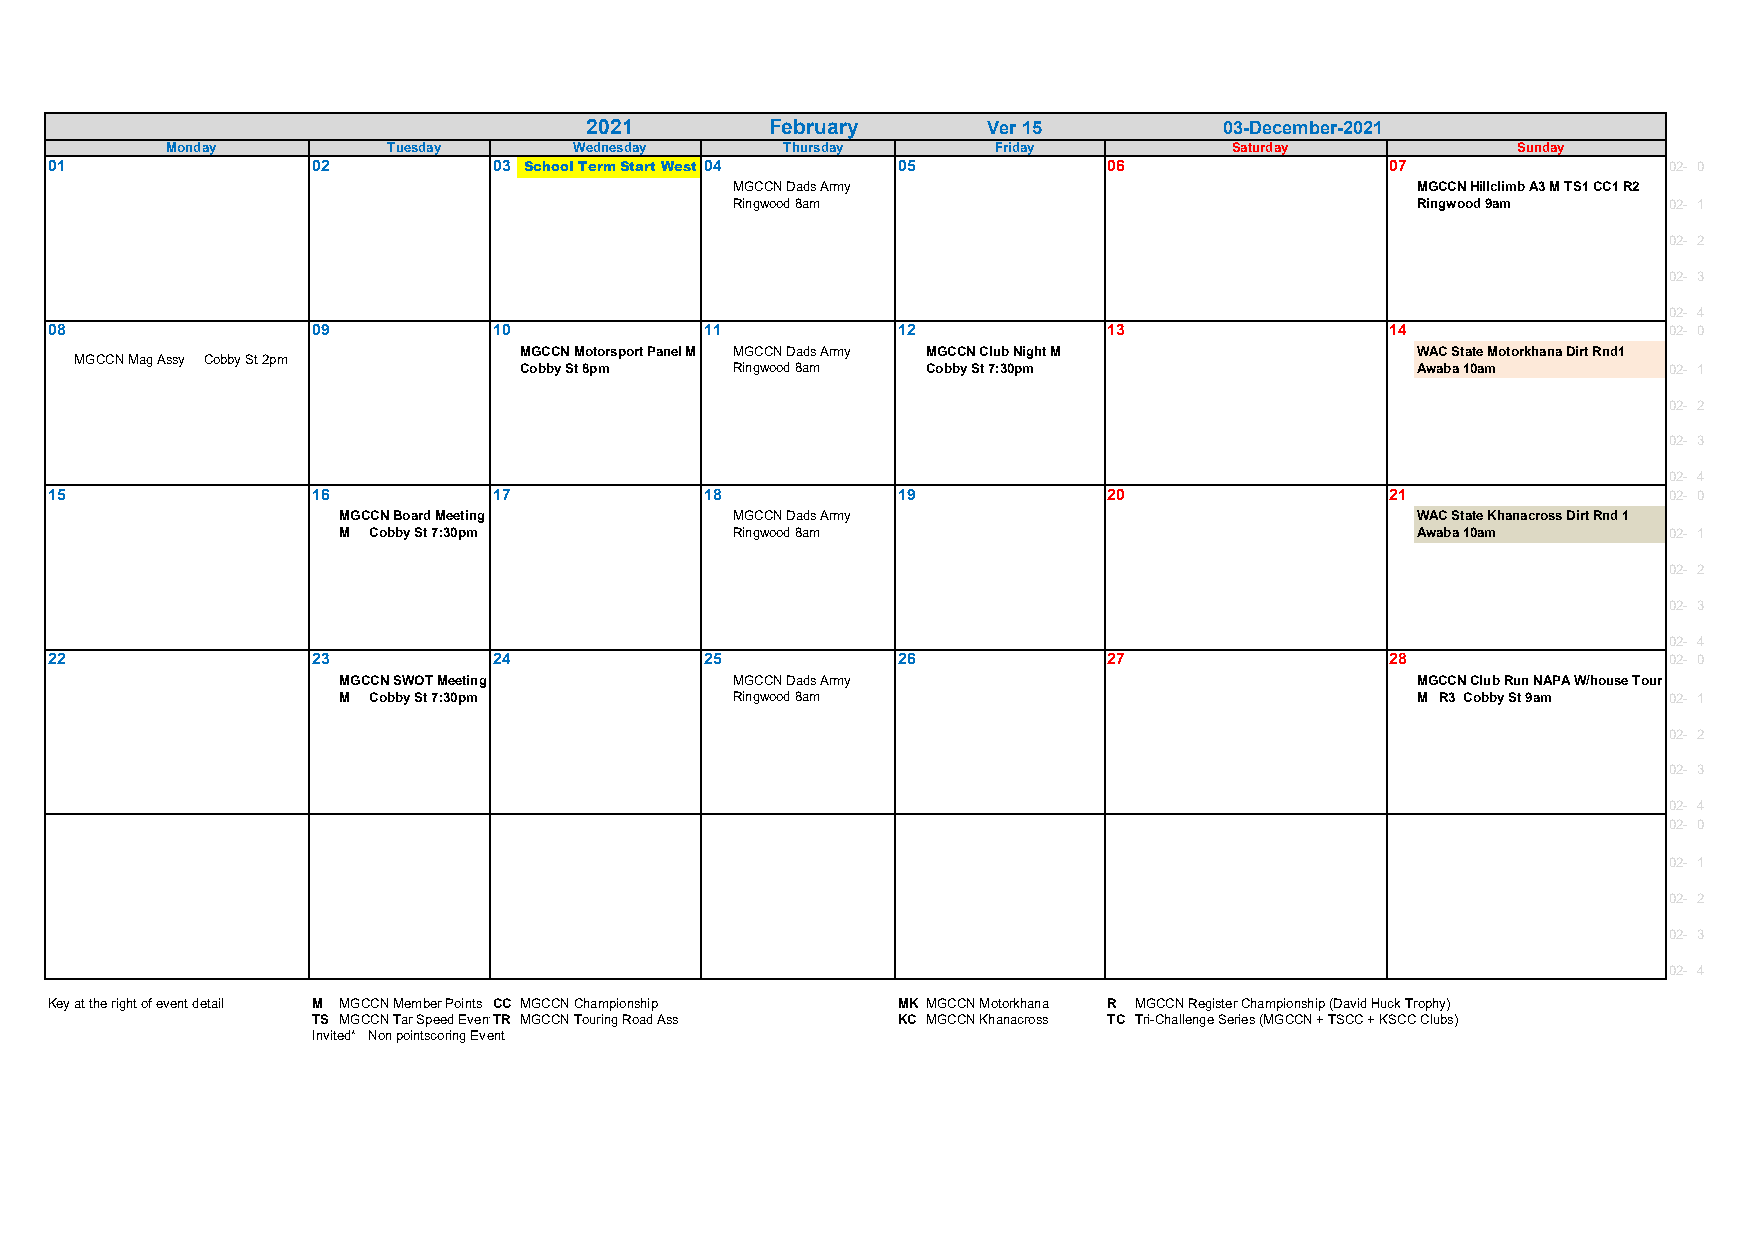
2021        February      Ver 15          03-December-2021
 Monday         Tuesday     Wednesday     Thursday      Friday          Saturday          Sunday
 01                02          03 School Term Start West 0 4 05        06                 07                02- 0
 MGCCN Dads Army                               MGCCN Hillclimb A3 M TS1 CC1 R2
 Ringwood 8am                                  Ringwood 9am    02- 1
 02- 2
 02- 3
 02- 4
 08                09          10            11          12            13                 14                02- 0
 MGCCN Motorsport Panel M MGCCN Dads Army MGCCN Club Night M WAC State Motorkhana Dirt Rnd1
 MGCCN Mag Assy Cobby St 2pm
 Cobby St 8pm  Ringwood 8am Cobby St 7:30pm                  Awaba 10am      02- 1
 02- 2
 02- 3
 02- 4
 15                16          17            18          19            20                 21                02- 0
 MGCCN Board Meeting       MGCCN Dads Army                               WAC State Khanacross Dirt Rnd 1
 M Cobby St 7:30pm         Ringwood 8am                                  Awaba 10am      02- 1
 02- 2
 02- 3
 02- 4
 22                23          24            25          26            27                 28                02- 0
 MGCCN SWOT Meeting        MGCCN Dads Army                               MGCCN Club Run NAPA W/house Tour
 M Cobby St 7:30pm         Ringwood 8am                                  M R3 Cobby St 9am 02- 1
 02- 2
 02- 3
 02- 4
 02- 0
 02- 1
 02- 2
 02- 3
 02- 4
 Key at the right of event detail M MGCCN Member Points CC MGCCN Championship MK MGCCN Motorkhana R MGCCN Register Championship (David Huck Trophy)
 TS MGCCN Tar Speed EventTR MGCCN Touring Road Ass KC MGCCN Khanacross TC Tri-Challenge Series (MGCCN + TSCC + KSCC Clubs)
 Invited* Non pointscoring Event